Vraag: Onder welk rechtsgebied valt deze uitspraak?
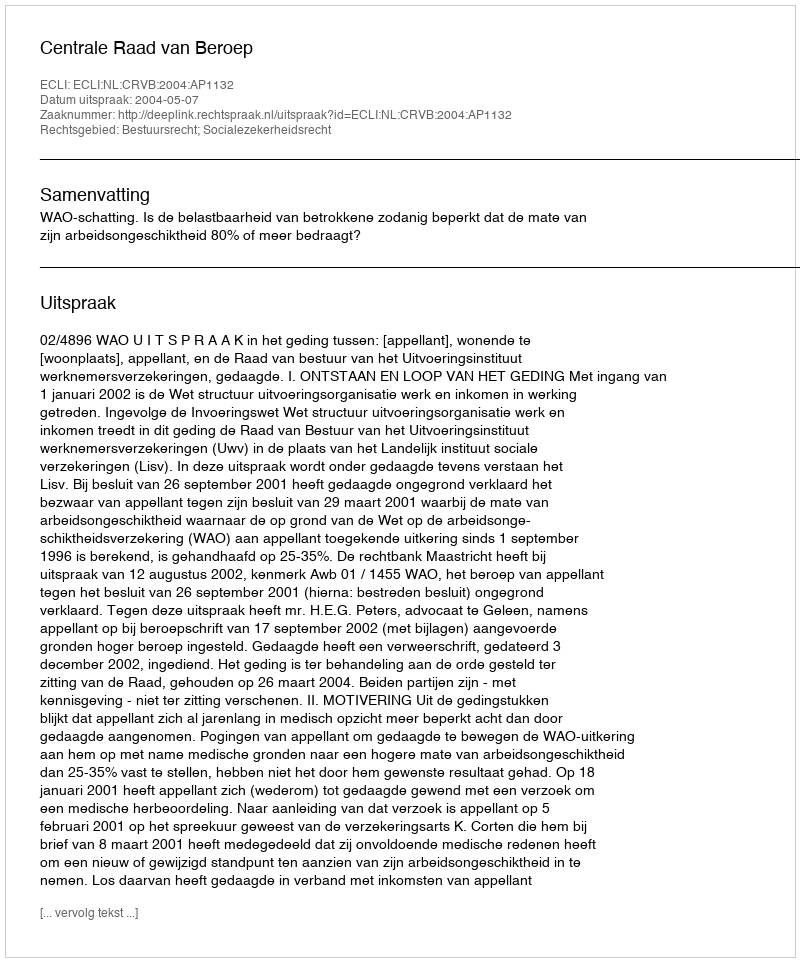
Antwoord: Bestuursrecht; Socialezekerheidsrecht